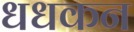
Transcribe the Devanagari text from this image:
धधकन